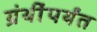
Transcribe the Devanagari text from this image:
ग्रंथींपर्यंत